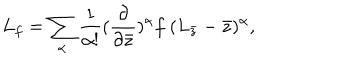
LaTeX: L _ { f } = \sum _ { \alpha } \frac { 1 } { \alpha ! } ( \frac { \partial } { \partial \bar { z } } ) ^ { \alpha } f \ ( L _ { \bar { z } } - \bar { z } ) ^ { \alpha } ,